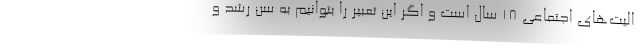
الیت‌های اجتماعی ۱۸ سال است و اگر این تعبیر را بتوانیم به سن رشد و